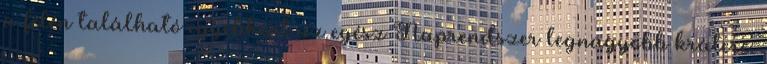
a felén található egyébként az egész Naprendszer legnagyobb krátere.